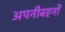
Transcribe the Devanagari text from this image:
अपनीबहनों